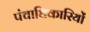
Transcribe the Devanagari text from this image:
पंचाधिकारियों